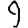
Digit: 9